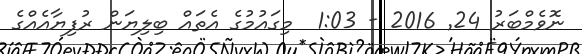
ނޮވެމްބަރު 24